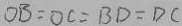
O B = O C = B D = D C